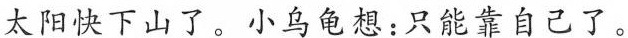
太阳快下山了。小乌龟想：只能靠自己了。